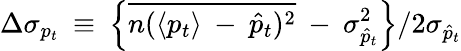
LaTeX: \Delta\sigma_{p_{t}}\: \equiv\: \left\{ \overline{{{n(\langle p_{t}\rangle\: -\: \hat{p}_{t})^{2}}}}\: -\: \sigma_{\hat{p}_{t}}^{2}\right\} /{2\sigma_{\hat{p}_{t}}}